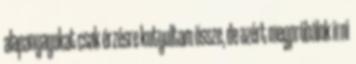
alapanyagokat csak érzésre kutyultam össze, de azért megpróbálok írni